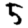
Digit: 5